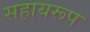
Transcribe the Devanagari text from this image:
सहायरूप